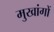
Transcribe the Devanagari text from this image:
मुखांगों